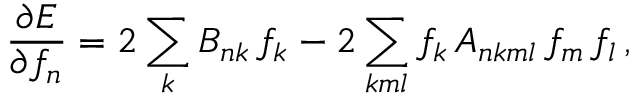
\frac { \partial E } { \partial f _ { n } } = 2 \sum _ { k } B _ { n k } \, f _ { k } - 2 \sum _ { k m l } f _ { k } \, A _ { n k m l } \, f _ { m } \, f _ { l } \, ,